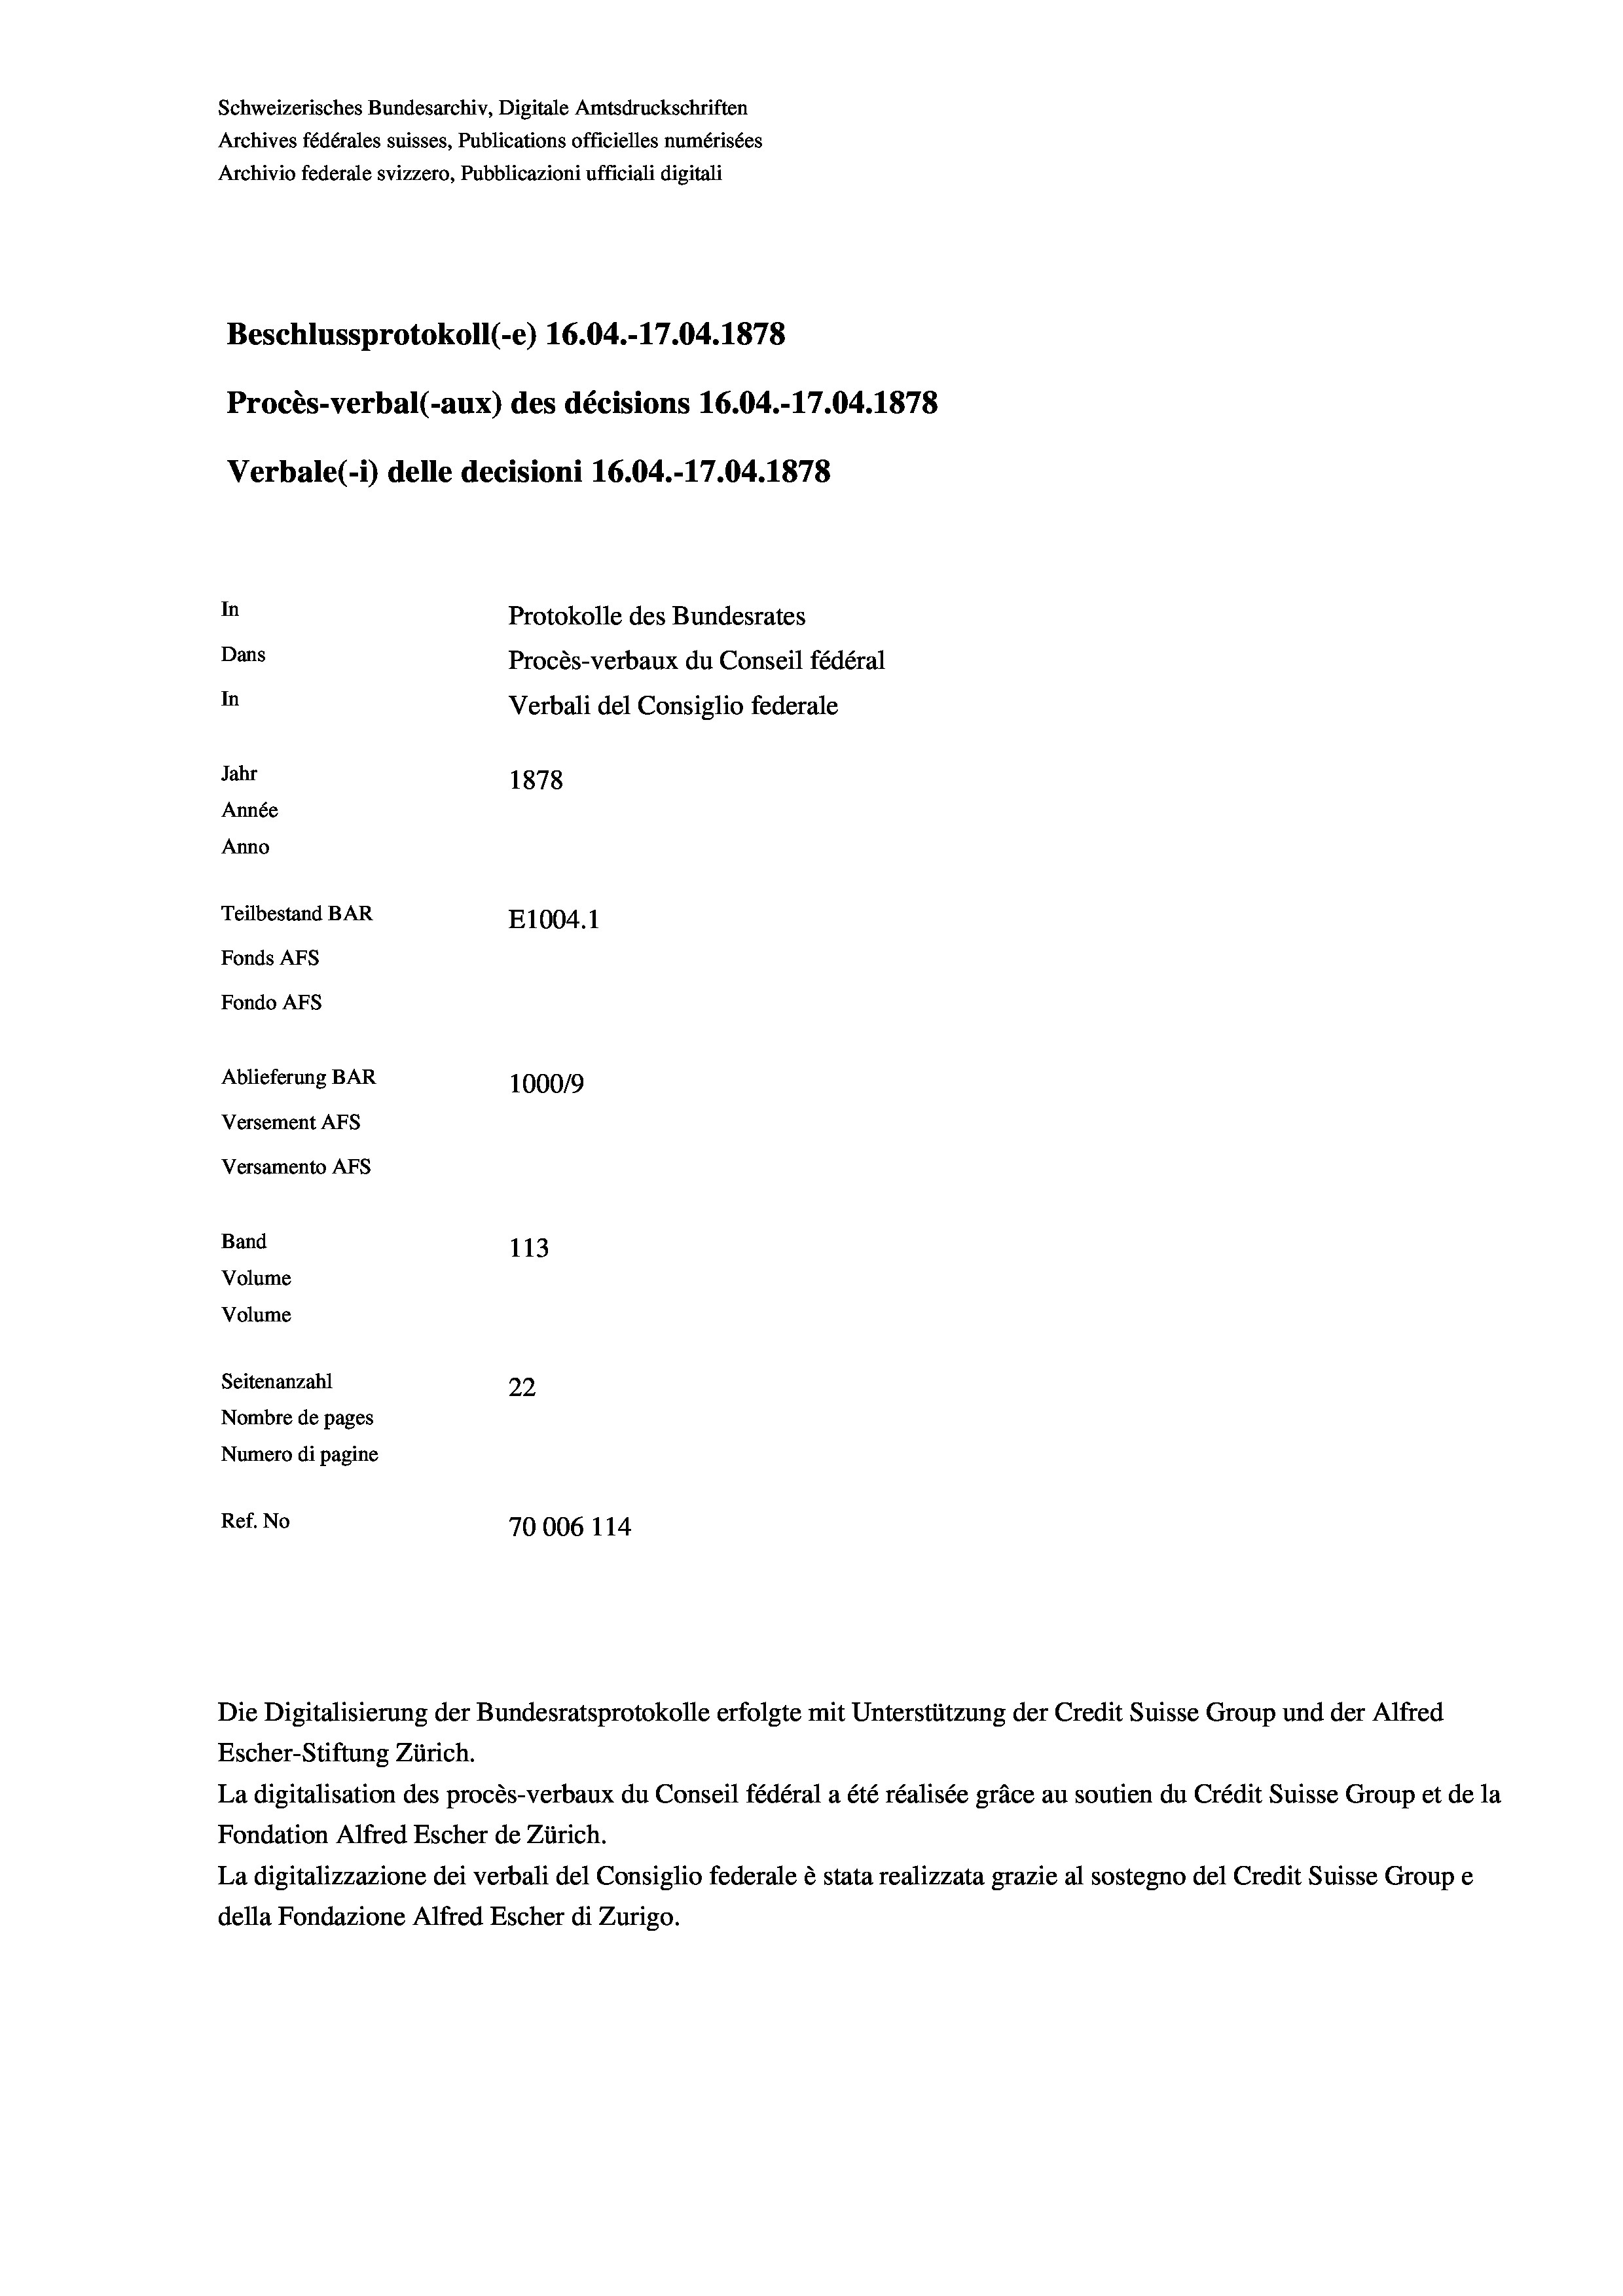
Schweizerisches Bundesarchiv, Digitale Amtsdruckschriften
Archives fédérales suisses, Publications officielles numérisées
Archivio federale svizzero, Pubblicazioni ufficiali digitali
Beschlussprotokoll (-e) 16.04.-17.04. 1878
Procès-verbal (-aux) des décisions 16.04.-17.04. 1878
Verbale (1) delle decisioni 16.04.-17.04. 1878
In
Protokolle des Bundesrates
Dans
Procès-verbaux du Conseil fédéral
In
Verbali del Consiglio federale
Jahr
1878
Année
Anno
Teilbestand BAR
E1004. 1
Fonds AFs
Fondo Afs
Ablieferung BAR
100019
Versement AFs
Versamento Afs
Band
113
Volume
Volume
Seitenanzahl
22
Nombre de pages
Numero di pagine
Ref. No
70006 114

La digitalisation des procès-verbaux du Conseil fédéral a été réalisée gräce au soutien du Crédit Suisse Group et de la
Fondation Alfred Escher de Zürich.
La digitalizzazione dei verbali del Consiglio federale è stata realizzata grazie al sostegno del Credit Suisse Groupe
della Fondazione Alfred Escher di Zurigo.

Escher-Stiftung Zürich.

Die Digitalisierung der Bundesratsprotokolle erfolgte mit Unterstützung der Credit Suisse Group und der Alfred